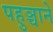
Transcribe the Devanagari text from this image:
पहुञ्चाने